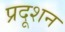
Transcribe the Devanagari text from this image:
प्रदूशन